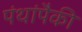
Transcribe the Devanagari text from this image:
पंथांपैकी